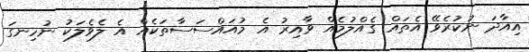
އިއާދަ ނުކުރެވޭ އެތައް ގެއްލުމެއް ވާއިރު އެ މުއައްސަސާތަކެއް އެ ލެވެލަކު ނުހިނގަ